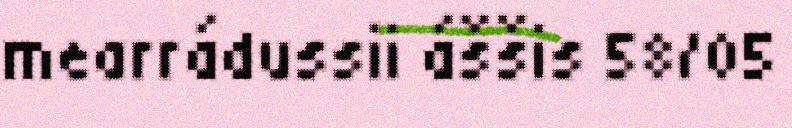
mearrádussii áššis 58/05